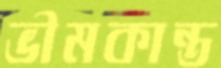
ভীমকান্ত